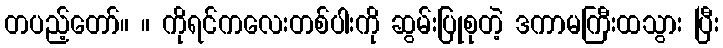
တပည့်တော်။ ။ ကိုရင်ကလေးတစ်ပါးကို ဆွမ်းပြုစုတဲ့ ဒကာမကြီးထသွား ပြီး